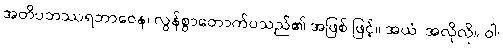
အတိပဘဿရဘာဝေန၊ လွန်စွာတောက်ပသည်၏ အဖြစ် ဖြင့်။ အယံ၊ အလိုလို။ ဝါ၊